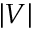
| V |